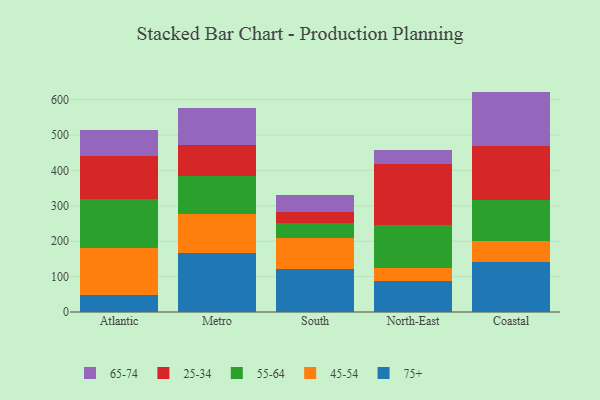
{"axis": {"x": "Region", "y": "LTV (USD)"}, "legend": ["25-34", "45-54", "55-64", "65-74", "75+"], "data": [{"x": "Atlantic", "y": 47.7, "type": "75+"}, {"x": "Atlantic", "y": 133.3, "type": "45-54"}, {"x": "Atlantic", "y": 137.4, "type": "55-64"}, {"x": "Atlantic", "y": 121.6, "type": "25-34"}, {"x": "Atlantic", "y": 75.4, "type": "65-74"}, {"x": "Metro", "y": 166.3, "type": "75+"}, {"x": "Metro", "y": 110.4, "type": "45-54"}, {"x": "Metro", "y": 108.1, "type": "55-64"}, {"x": "Metro", "y": 87.4, "type": "25-34"}, {"x": "Metro", "y": 105.1, "type": "65-74"}, {"x": "South", "y": 122.4, "type": "75+"}, {"x": "South", "y": 87.9, "type": "45-54"}, {"x": "South", "y": 39.9, "type": "55-64"}, {"x": "South", "y": 33.4, "type": "25-34"}, {"x": "South", "y": 48.2, "type": "65-74"}, {"x": "North-East", "y": 88.9, "type": "75+"}, {"x": "North-East", "y": 34.3, "type": "45-54"}, {"x": "North-East", "y": 122.2, "type": "55-64"}, {"x": "North-East", "y": 174.1, "type": "25-34"}, {"x": "North-East", "y": 37.9, "type": "65-74"}, {"x": "Coastal", "y": 141.8, "type": "75+"}, {"x": "Coastal", "y": 58.7, "type": "45-54"}, {"x": "Coastal", "y": 114.9, "type": "55-64"}, {"x": "Coastal", "y": 153.4, "type": "25-34"}, {"x": "Coastal", "y": 154.0, "type": "65-74"}]}